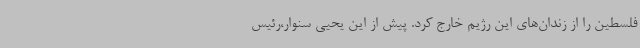
فلسطین را از زندان‌های این رژیم خارج کرد. پیش از این یحیی سنوار،رئیس